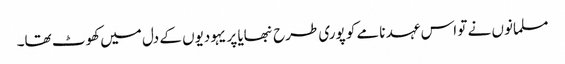
مسلمانوں نے تو اس عہد نامے کو پوری طرح نبھایا پر یہودیوں کے دل میں کھوٹ تھا۔